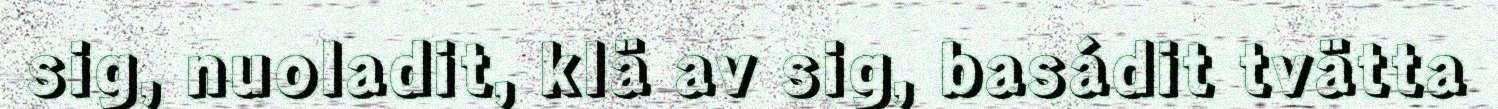
sig, nuoladit, klä av sig, basádit tvätta